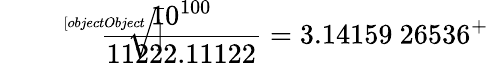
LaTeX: {\sqrt[[objectObject]]{\frac{10^{100}}{11222.11122}}}=3.14159\ 26536^{+}